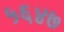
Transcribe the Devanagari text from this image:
५६४७